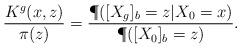
LaTeX: \begin{align*}{K^g(x,z)\over \pi(z)}&={\P([X_g]_b=z|X_0=x)\over \P([X_0]_b=z)}.\end{align*}